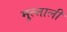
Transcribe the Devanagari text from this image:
मुल्ताली